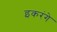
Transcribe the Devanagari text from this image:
इकरंगे